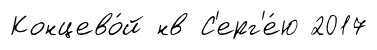
Концево́й нв С'ерг'е́ю 2017